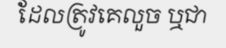
ដែលត្រូវគេលួច ឬជា